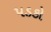
પડકો